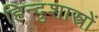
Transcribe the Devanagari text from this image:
हिन्दुशास्त्रों